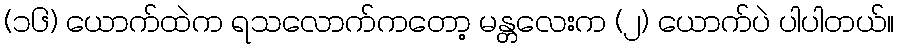
(၁၆) ယောက်ထဲက ရသလောက်ကတော့ မန္တလေးက (၂) ယောက်ပဲ ပါပါတယ်။